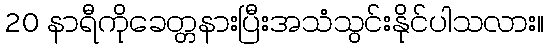
20 နာရီကိုခေတ္တနားပြီးအသံသွင်းနိုင်ပါသလား။